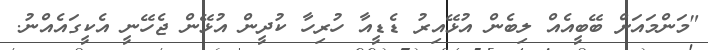
"މަންމައަށް ބޭބީއެއް ލިބެން އުޅޭއިރު ޑެޑީއާ ހުރިހާ ކުދީން އުޅޭން ޖެހޭނީ އެކީގައެއްނު.